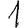
Digit: 1